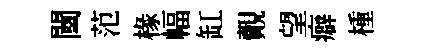
闉范椽幅缸覿望癖㮔